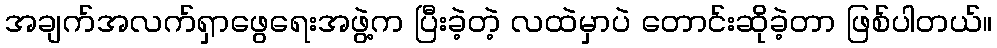
အချက်အလက်ရှာဖွေရေးအဖွဲ့က ပြီးခဲ့တဲ့ လထဲမှာပဲ တောင်းဆိုခဲ့တာ ဖြစ်ပါတယ်။